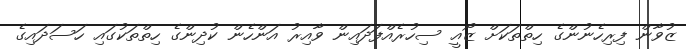
ޒުވާން ފިރިހެނުންގެ ހިތްތަކަށް ޒޯއީ ސިހުރެއްފަދައިން ވާއިރު އަންހެން ކުދިންގެ ހިތްތަކުގައި ހަސަދައިގެ